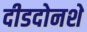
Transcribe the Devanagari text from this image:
दीडदोनशे